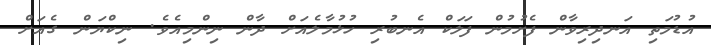
އުޑުމަތި އަނދިރިވާން ފެށުމުން ފަލަކް އެނބުރި ހުޅުމާލެއަށް ދާން ނިންމިއެވެ. ނިކްޔަން ގެއަށް